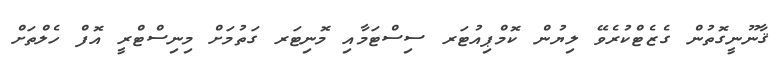
ޤާނޫނީގޮތުން ގެޒެޓްކުރެވޭ ލިޔުން ކޮމްޕިއުޓަރ ސިސްޓަމާއި މޮނިޓަރ ގަތުމަށް މިނިސްޓްރީ އޮފް ހެލްތަށް